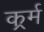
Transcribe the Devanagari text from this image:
कर्र्म